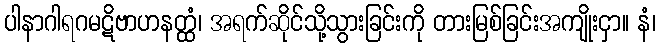
ပါနာဂါရဂမဋိဗာဟနတ္ထံ၊ အရက်ဆိုင်သို့သွားခြင်းကို တားမြစ်ခြင်းအကျိုးငှာ။ နံ၊